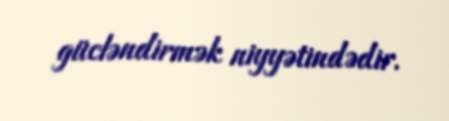
gücləndirmək niyyətindədir.